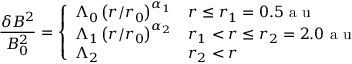
\frac { \delta B ^ { 2 } } { B _ { 0 } ^ { 2 } } = \left\{ \begin{array} { l l } { \Lambda _ { 0 } \left( r / r _ { 0 } \right) ^ { \alpha _ { 1 } } } & { r \leq r _ { 1 } = 0 . 5 \mathrm { ~ a ~ u ~ } } \\ { \Lambda _ { 1 } \left( r / r _ { 0 } \right) ^ { \alpha _ { 2 } } } & { r _ { 1 } < r \leq r _ { 2 } = 2 . 0 \mathrm { ~ a ~ u ~ } } \\ { \Lambda _ { 2 } } & { r _ { 2 } < r } \end{array} \right.